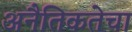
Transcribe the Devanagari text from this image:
अनैतिकतेचा